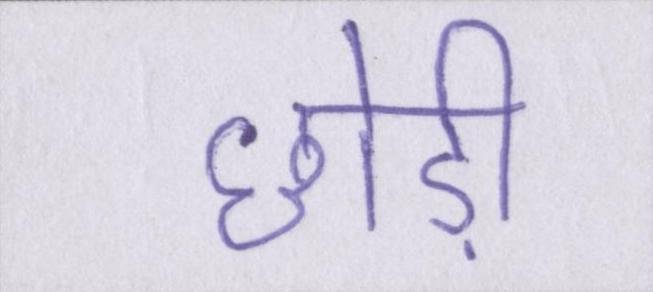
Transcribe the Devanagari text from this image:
छोड़ी